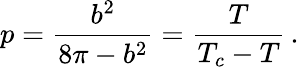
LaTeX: p=\frac{b^{2}}{8\pi-b^{2}}=\frac{T}{T_{c}-T}\, .